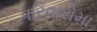
પરિવારોમા